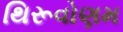
થિરૂવોણમ